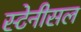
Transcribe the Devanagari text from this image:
स्टेनीसल